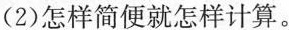
(2)怎样简便就怎样计算。